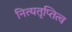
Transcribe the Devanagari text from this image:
नित्यतृप्तित्व